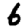
Digit: 6